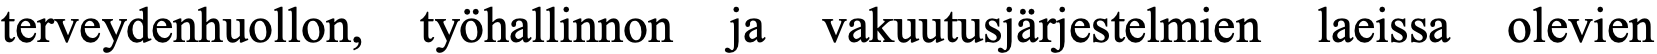
terveydenhuollon, työhallinnon ja vakuutusjärjestelmien laeissa olevien